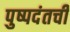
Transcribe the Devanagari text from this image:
पुष्पदंतची